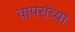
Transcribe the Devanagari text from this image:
वापरांच्या